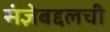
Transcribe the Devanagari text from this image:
संज्ञेबद्दलची